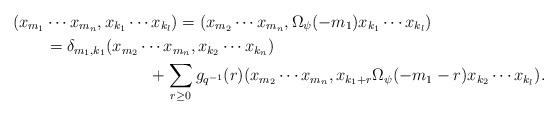
LaTeX: \begin{align*} (x_{m_1}&\cdots x_{m_n},x_{k_1}\cdots x_{k_l})= (x_{m_2}\cdots x_{m_n},\Omega_\psi(-m_1)x_{k_1}\cdots x_{k_l}) \\ &=\delta_{m_1,k_1} (x_{m_2}\cdots x_{m_n}, x_{k_2}\cdots x_{k_n}) \\ &\hskip 75pt+\sum_{r\geq 0}g_{q^{-1}}(r) (x_{m_2}\cdots x_{m_n},x_{k_1+r}\Omega_\psi(-m_1-r)x_{k_2}\cdots x_{k_l}). \end{align*}